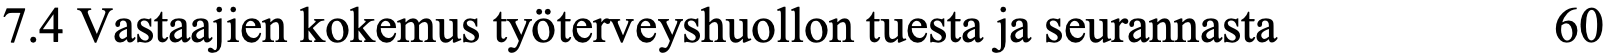
7.4 Vastaajien kokemus työterveyshuollon tuesta ja seurannasta 60